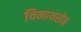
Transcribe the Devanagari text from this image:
चिनायसेठ